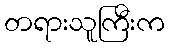
တရားသူကြီးက